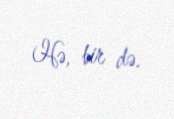
Hə, bir də.